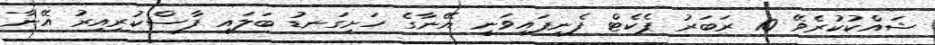
ޝައްކުކުރެވޭ 10 ރަބަރު ޕެކެޓް ފެނިފައިވަނީ އޭނާގެ ހަށިގަނޑު ބަލައި ފާސްކުރިއިރު އޭނާ